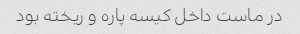
در ماست داخل کیسه پاره و ریخته بود